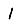
Digit: 1